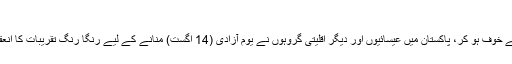
[تصویر بشکریہ محمد شکیل]
پشاور -- عسکریت پسندوں کے حملوں سے بے خوف ہو کر، پاکستان میں عیسائیوں اور دیگر اقلیتی گروہوں نے یومِ آزادی (14 اگست) منانے کے لیے رنگا رنگ تقریبات کا انعقاد کرتے ہوئے اپنی حب الوطنی کا اظہار کیا۔